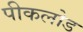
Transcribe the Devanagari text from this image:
पीकलोड